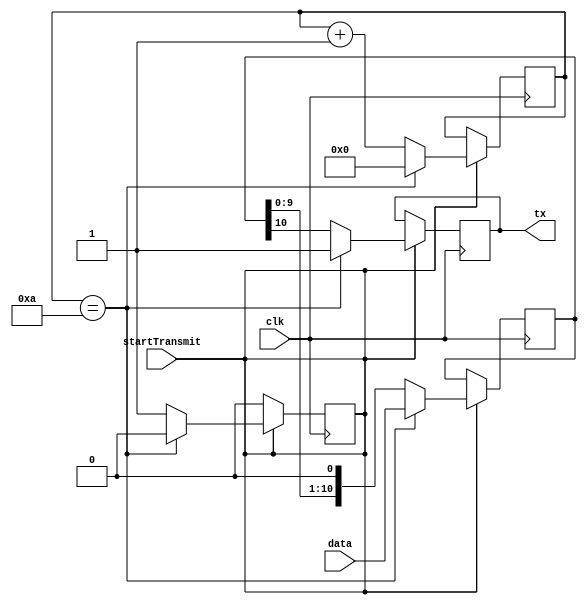
module uart(
	input clk,
	input startTransmit,
	input [10:0] data,
	output reg tx);
	
	reg [10:0] uart_packet = 0;
	
	reg [7:0] transmitIndex = 10;
	
	always@(posedge clk) begin
		if(startTransmit) begin
			if(transmitIndex == 10) begin
				startTransmit <= 0;
				transmitIndex <= 0;
				tx <= 1'b1;
				uart_packet <= data;
			end
			else begin
				tx <= uart_packet[10];
				uart_packet <= uart_packet << 1;
				transmitIndex <= transmitIndex + 1;
			end
		end
	end
	
endmodule